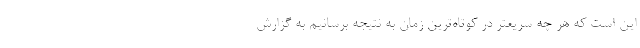
این است که هر چه سریعتر در کوتاه‌ترین زمان به نتیجه برسانیم به گزارش